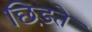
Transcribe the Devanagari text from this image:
छिड़ते